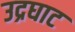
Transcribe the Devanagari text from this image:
उद्रघाट